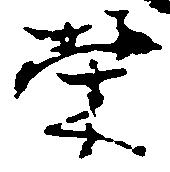
栄